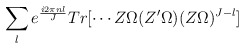
\begin{align*}\sum_l e^{i 2 \pi nl \over J} Tr[ \cdots Z \Omega (Z' \Omega)(Z \Omega)^{J-l} ]\end{align*}